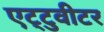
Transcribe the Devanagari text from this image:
एट्टुवीटर